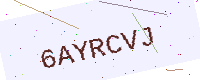
Text: 6AYRCVJ